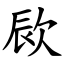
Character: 㰮